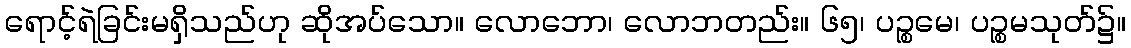
ရောင့်ရဲခြင်းမရှိသည်ဟု ဆိုအပ်သော။ လောဘော၊ လောဘတည်း။ ၆၅၊ ပဉ္စမေ၊ ပဉ္စမသုတ်၌။